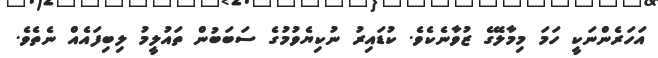
އަހަރެންނަކީ ހަމަ މިމާލޭގެ ޒުވާނެކެވެ. ކުޑައިރު ނުކިޔެވުމުގެ ސަބަބުން ތައުލީމު ލިބިފައެއް ނެތެވެ.